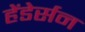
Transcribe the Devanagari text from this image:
हेंडेर्सन